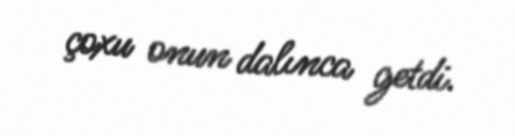
çoxu onun dalınca getdi.